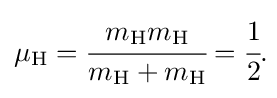
\mu _{\mathrm {H} }={\cfrac {m_{\mathrm {H} }m_{\mathrm {H} }}{m_{\mathrm {H} }+m_{\mathrm {H} }}}={\cfrac {1}{2}}.\!